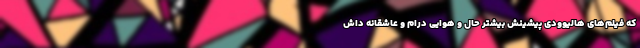
که فیلم‌های هالیوودیِ پیشینش بیشتر حال و هوایی درام و عاشقانه داش